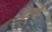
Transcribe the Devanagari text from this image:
तेरवीं